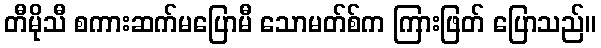
တီမိုသီ စကားဆက်မပြောမီ သောမတ်စ်က ကြားဖြတ် ပြောသည်။